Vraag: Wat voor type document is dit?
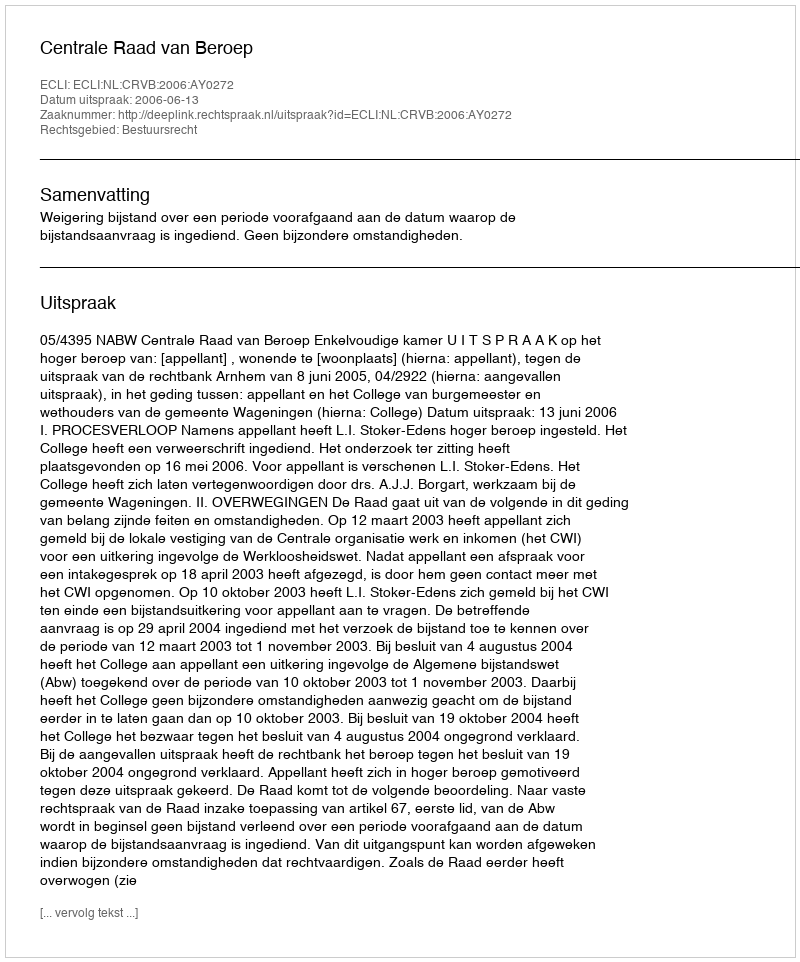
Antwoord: Uitspraak